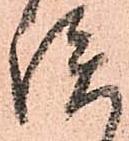
談